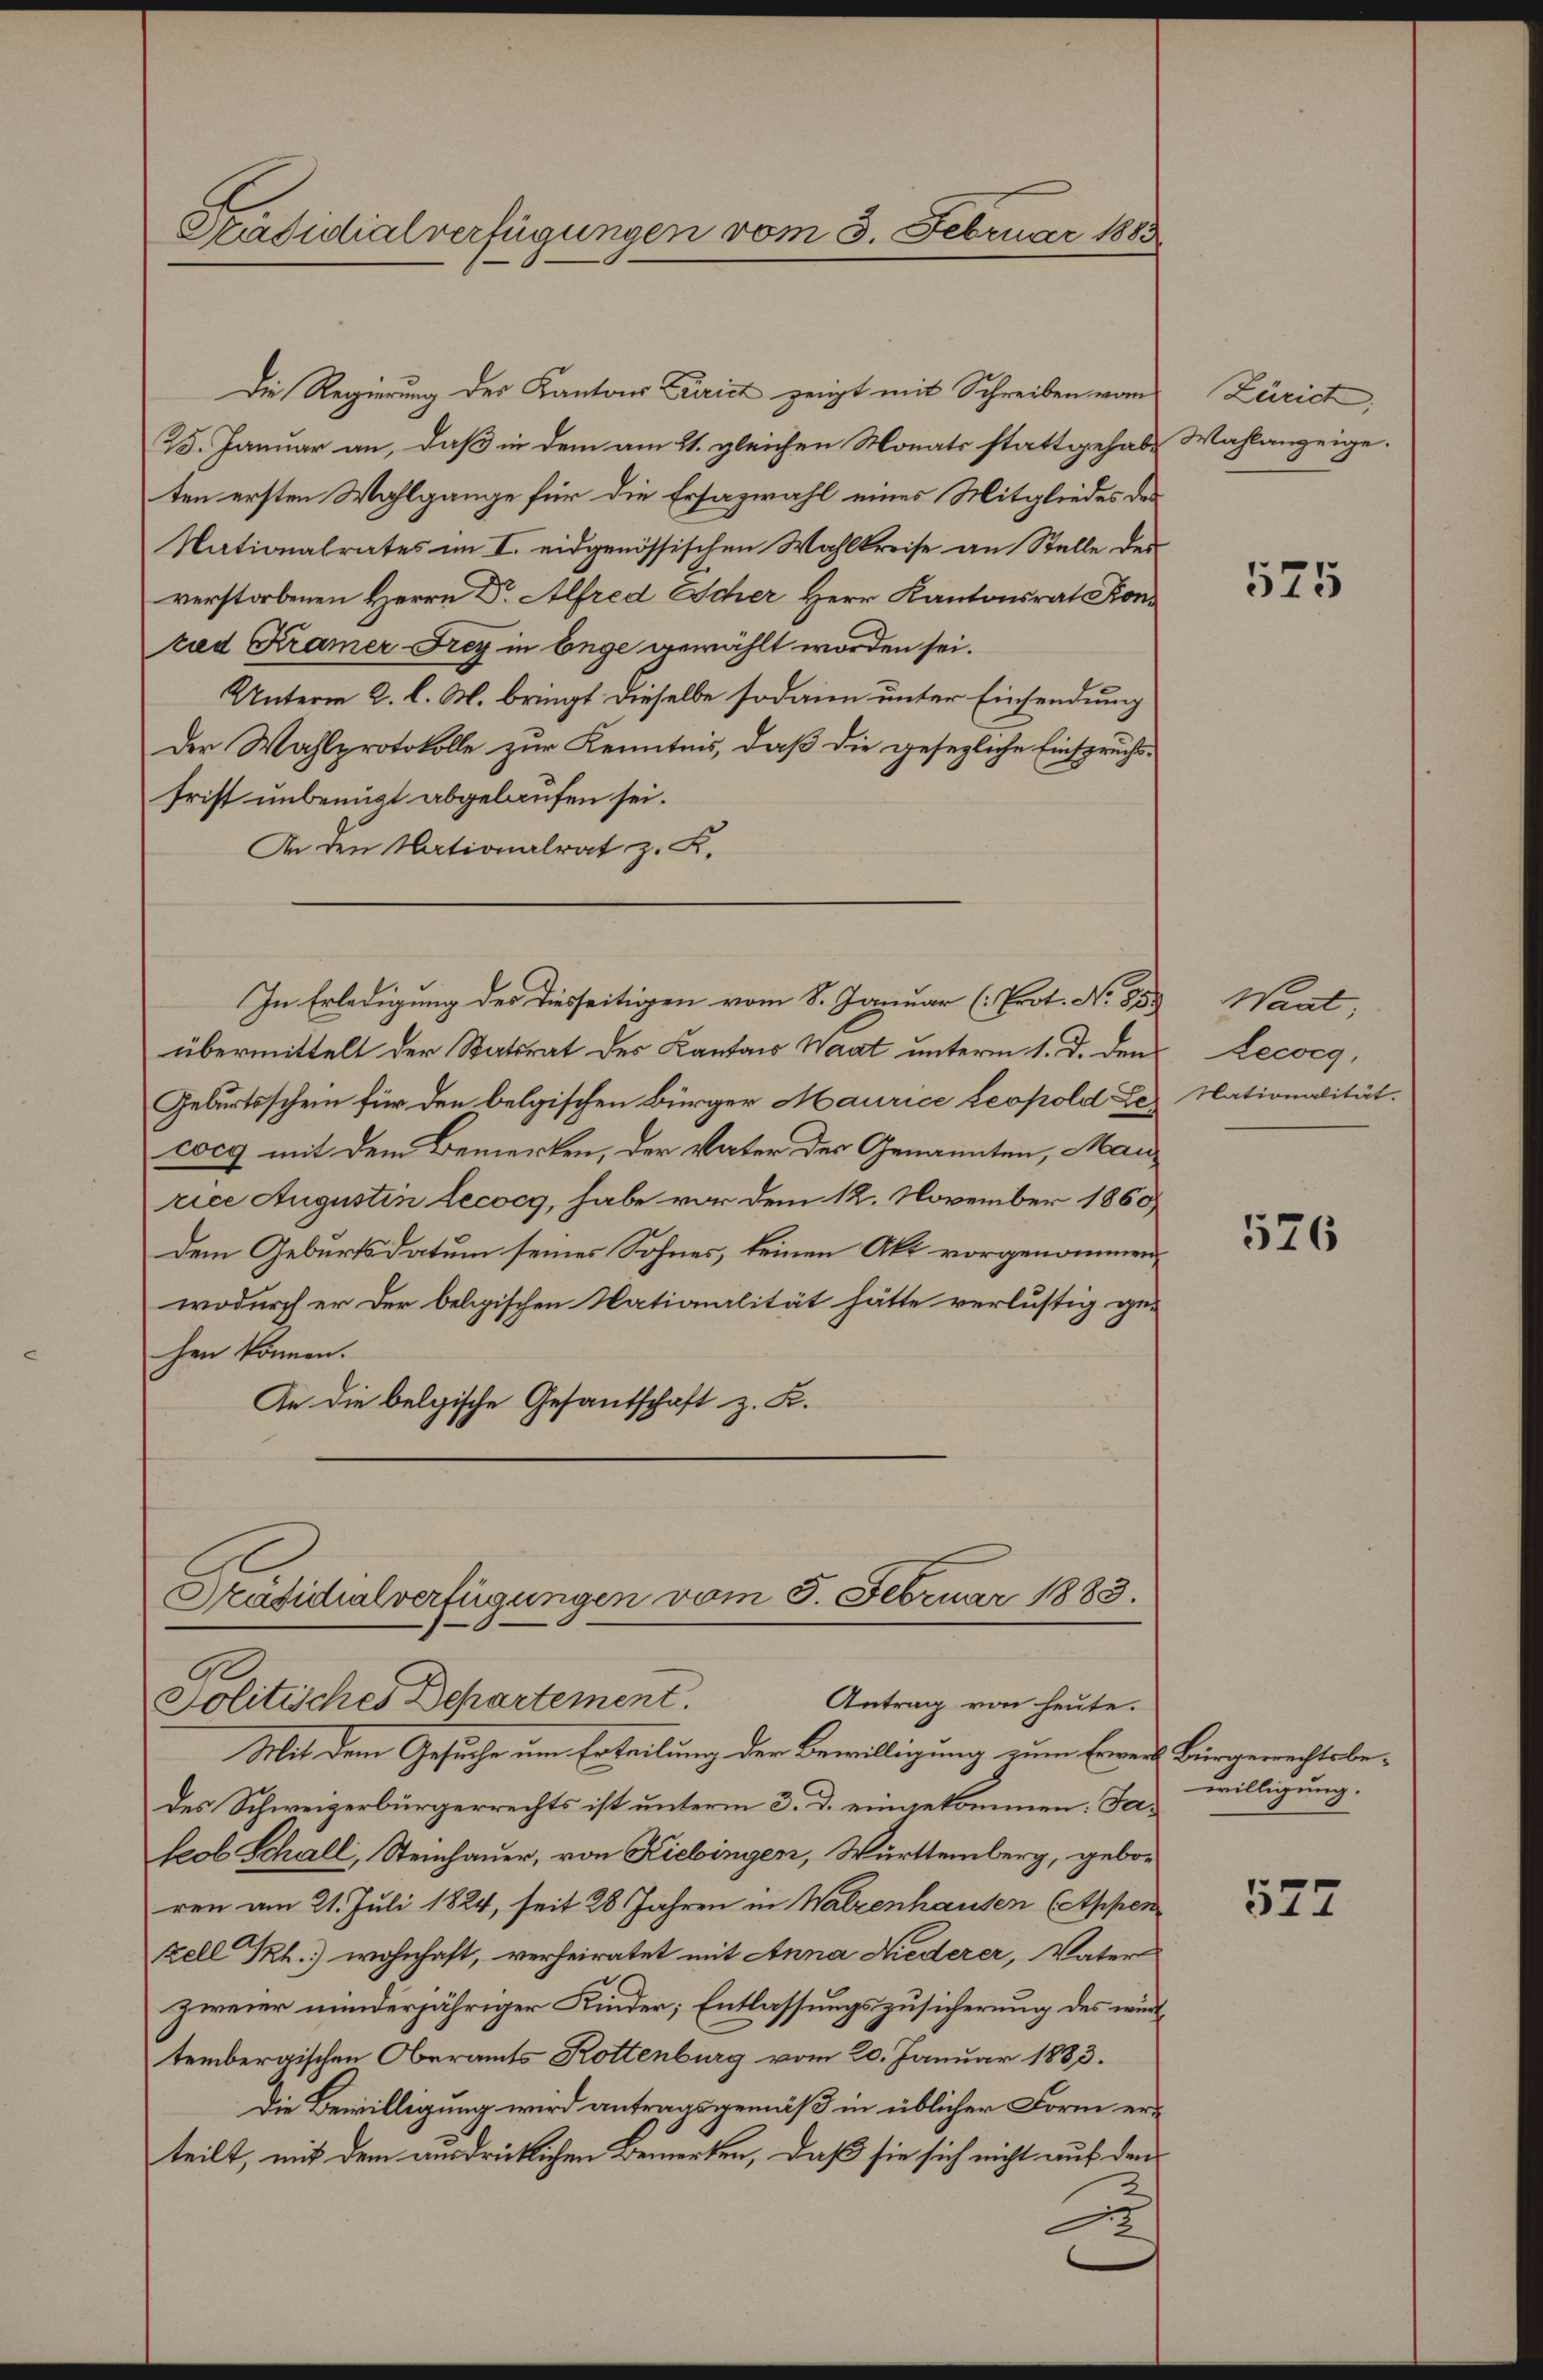
Präsidialverfügungen vom 3. Februar 1883

Die Regierung des Kantons Trict zeigt mit Schreiben vom
B. Januar an, daß in dem am 21. gleichen Monats stattgehabten ersten Wahlgange für die Ersazwahl eines Mitgliedes des
Nationalrates im I. eidgenössischen Wahlkreise an Stelle des
verstorbenen Herrn Dr. Alfred Scher Herr Kantonsrat Konried Kramer Frey in Enge gewählt worden sei.
Unterm 2. l. M. bringt dieselbe sodann unter Einsendung
Der Wahlprotokolle zur Kenntnis, daß die gesezliche Einspruchsfrist unbenügt abgelaufen sei.
In den Nationalrat z. K.
In Erledigung des diesseitigen vom 8. Januar (Prot. No 85.
übermittelt der Statsrat des Kanton Waat unterm 1. d. den
Geburtsschein für den belgischen Bürger Maurice Leopold Lecocg mit dem Bemerken, der Vater der Genannten, Man
rice Augustin Lecocy, habe vor dem 12. November 1860
dem Geburtsdatum seines Sohnes, keinen Akt vorgenommen
wodurch er der belgischen Nationalität hätte verlustig ge-
hen können.
An die belgische Gesandschaft z. K.
Präsidialverfügungen vom 5. Februar 1883.
Antrag von heute.
Politisches Departement.
Mit dem Gesuche um Erteilung der Bewilligung zum Erweil Bürgerechtsbedes Schweizerbürgerrechts ist unterm 3. d. eingekommen. Jaseob Schall, Steinhauer, von Kiebingen, Württemberg, geboren am 21. Juli 1824, seit 28 Jahren in Walzenhausen (Appen
zell Th. wohnhaft, verheiratet mit Anna Niederer, Vater
zweier minderjähriger Kinder; Entlassungszusicherung des wird
tembergischen Oberamts Rottenburg vom 20. Januar 1883.
Die Bewilligung wird antragsgemäß in üblicher Form erteilt, mit dem ausdrüklichen Bemerken, daß sie sich nicht auf den
2

Zürich,
Wahlanzeige.

525

Waat,
Lecocg,
Nationalität.

526

willigung.

522